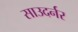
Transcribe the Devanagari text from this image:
साउदर्नर